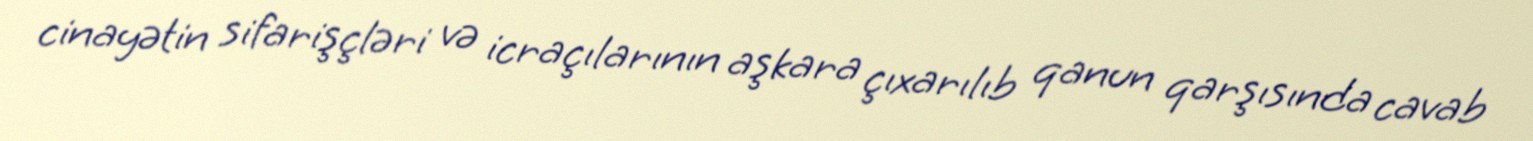
cinayətin sifarişçləri və icraçılarının aşkara çıxarılıb qanun qarşısında cavab